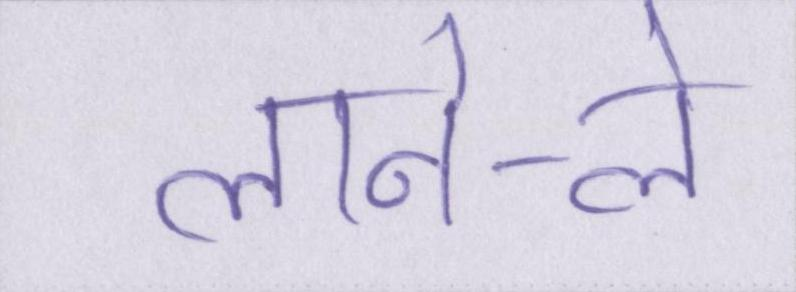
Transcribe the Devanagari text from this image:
लाने-ले